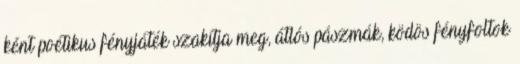
ként poétikus fényjáték szakítja meg, átlós pászmák, ködös fényfoltok